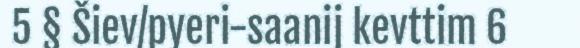
5 § Šiev/pyeri-saanij kevttim 6